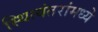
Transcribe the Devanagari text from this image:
स्थित्यंतरांमध्ये